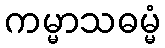
ကမ္မာသဓမ္မံ